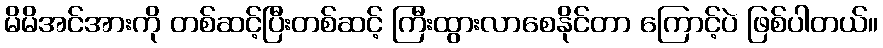
မိမိအင်အားကို တစ်ဆင့်ပြီးတစ်ဆင့် ကြီးထွားလာစေနိုင်တာ ကြောင့်ပဲ ဖြစ်ပါတယ်။